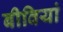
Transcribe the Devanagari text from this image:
बीवियां